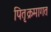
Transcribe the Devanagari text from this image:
पितृक्रमागत